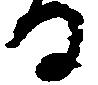
る